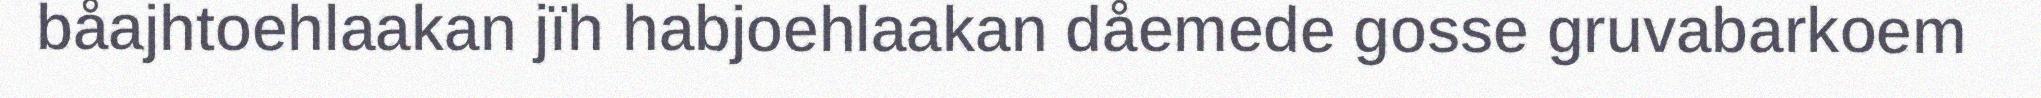
båajhtoehlaakan jïh habjoehlaakan dåemede gosse gruvabarkoem